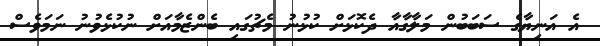
އެ އަނިޔާގެ ސަބަބުން މަލާގާއާ ދެކޮޅަށް ކުޅުނު މެޗުގައި ބެންޒެމާއަށް ނުކުޅެވުނު ނަމަވެސް